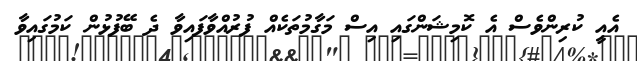
އެއީ ކުރިންވެސް އެ ކޮމިޝަންގައި އިސް މަގާމުތަކެއް ފުރުއްވާފައިވާ ދެ ބޭފުޅުން ކަމުގައިވާ